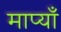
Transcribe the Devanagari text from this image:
माप्याँ